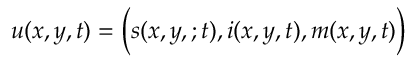
u ( x , y , t ) = \Big ( s ( x , y , ; t ) , i ( x , y , t ) , m ( x , y , t ) \Big )